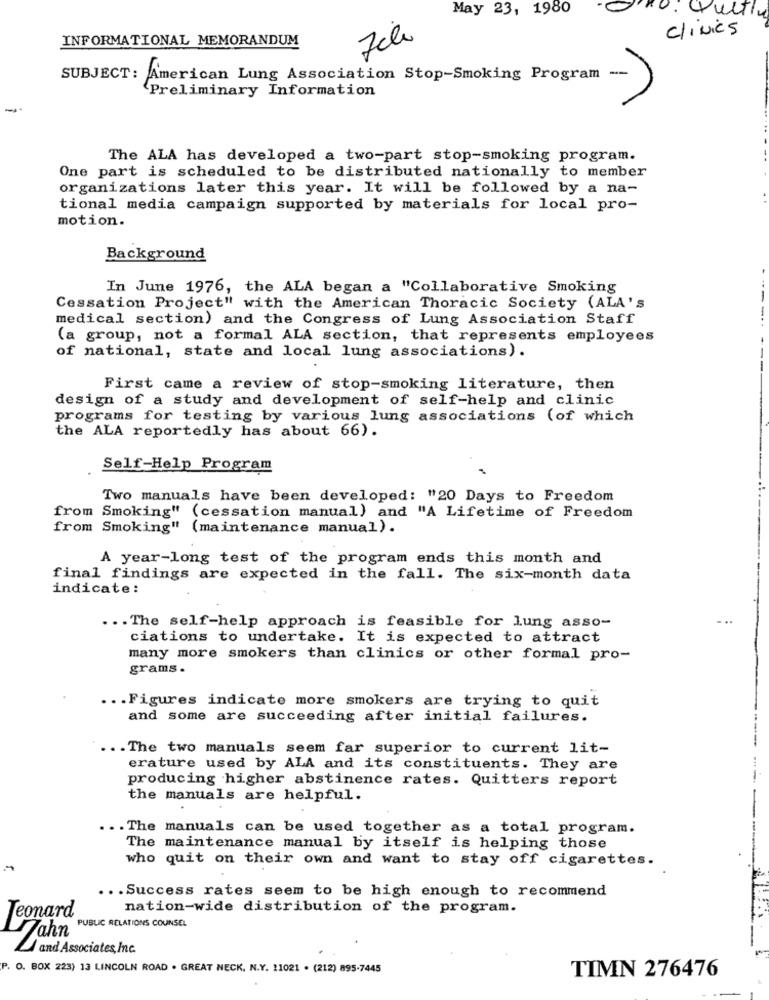
May 23, 1980
. Quitin
Clinics
INFORMATIONAL MEMORANDUM
SUBJECT:
American Lung Association Stop-Smoking Program --
Preliminary Information
-
The ALA has developed a two-part stop-smoking program.
One part is scheduled to be distributed nationally to member
organizations later this year. It will be followed by a na-
tional media campaign supported by materials for local pro-
motion.
Background
In June 1976, the ALA began a "Collaborative Smoking
Cessation Project" with the American Thoracic Society (ALA's
medical section) and the Congress of Lung Association Staff
----
(a group, not a formal ALA section, that represents employees
of national, state and local lung associations).
---
First came a review of stop-smoking literature, then
design of a study and development of self-help and clinic
programs for testing by various lung associations (of which
the ALA reportedly has about 66).
Self-Help Program
Two manuals have been developed: "20 Days to Freedom
from Smoking" (cessation manual) and "A Lifetime of Freedom
from Smoking" (maintenance manual).
A year-long test of the program ends this month and
final findings are expected in the fall. The six-month data
indicate:
... The self-help approach is feasible for lung asso-
ciations to undertake. It is expected to attract
many more smokers than clinics or other formal pro-
grams .
... Figures indicate more smokers are trying to quit
and some are succeeding after initial failures.
... The two manuals seem far superior to current lit-
erature used by ALA and its constituents. They are
producing higher abstinence rates. Quitters report
the manuals are helpful.
... The manuals can be used together as a total program.
The maintenance manual by itself is helping those
who quit on their own and want to stay off cigarettes.
... Success rates seem to be high enough to recommend
Leonard
nation-wide distribution of the program.
PUBLIC RELATIONS COUNSEL
Jahn
/ and Associates, Inc.
O. BOX 223) 13 LINCOLN ROAD . GREAT NECK. N.Y. 11021 . (212) 895-7445
TIMN 276476